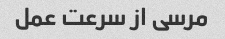
مرسی از سرعت عمل